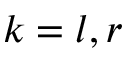
k = l , r